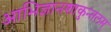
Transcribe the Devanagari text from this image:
आभिज्ञानशाकुन्तलम्